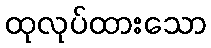
ထုလုပ်ထားသော